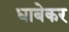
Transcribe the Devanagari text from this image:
धाबेकर